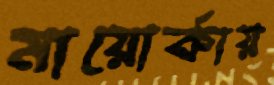
মায়োর্কায়